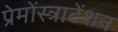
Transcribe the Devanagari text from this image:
प्रेमोंस्त्राटेंशन